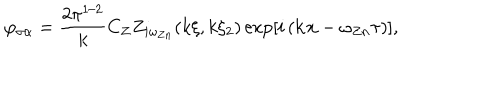
LaTeX: \varphi _ { \sigma \alpha } = \frac { 2 \pi ^ { 1 / 2 } } { k } C _ { Z } Z _ { i \omega _ { Z n } } ( k \xi , k \xi _ { 2 } ) \exp \left[ i \left( { \bf k x } - \omega _ { Z n } \tau \right) \right] ,